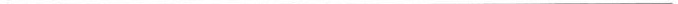
___